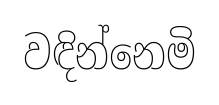
වඳින්නෙමි